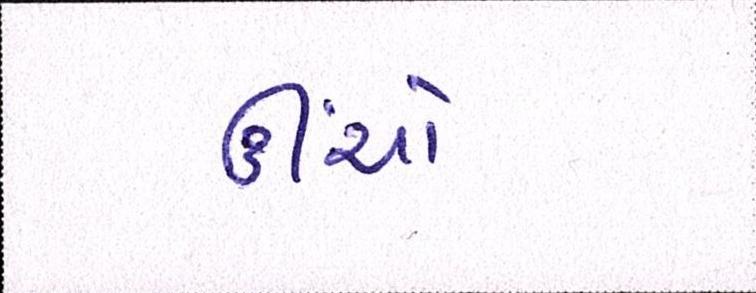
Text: ઊંચો